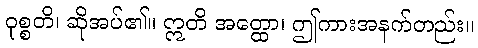
ဝုစ္စတိ၊ ဆိုအပ်၏။ ဣတိ အတ္ထော၊ ဤကားအနက်တည်း။